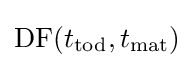
\mathrm {DF} (t_{\textrm {tod}},t_{\textrm {mat}})